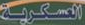
العسكرية